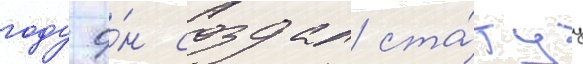
году о́н создал ста́туу